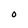
Character: 0